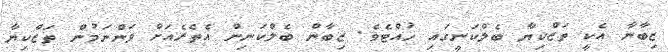
ޒިބާނާ އެކީ ތަޒްކިޔާ ބެލްކަނީގައި ހުއްޓެވެ. ޒިބާން ބެލްކަނިން އެތެރެއަށް ވަންނަމުން ތަޒްކިޔާ